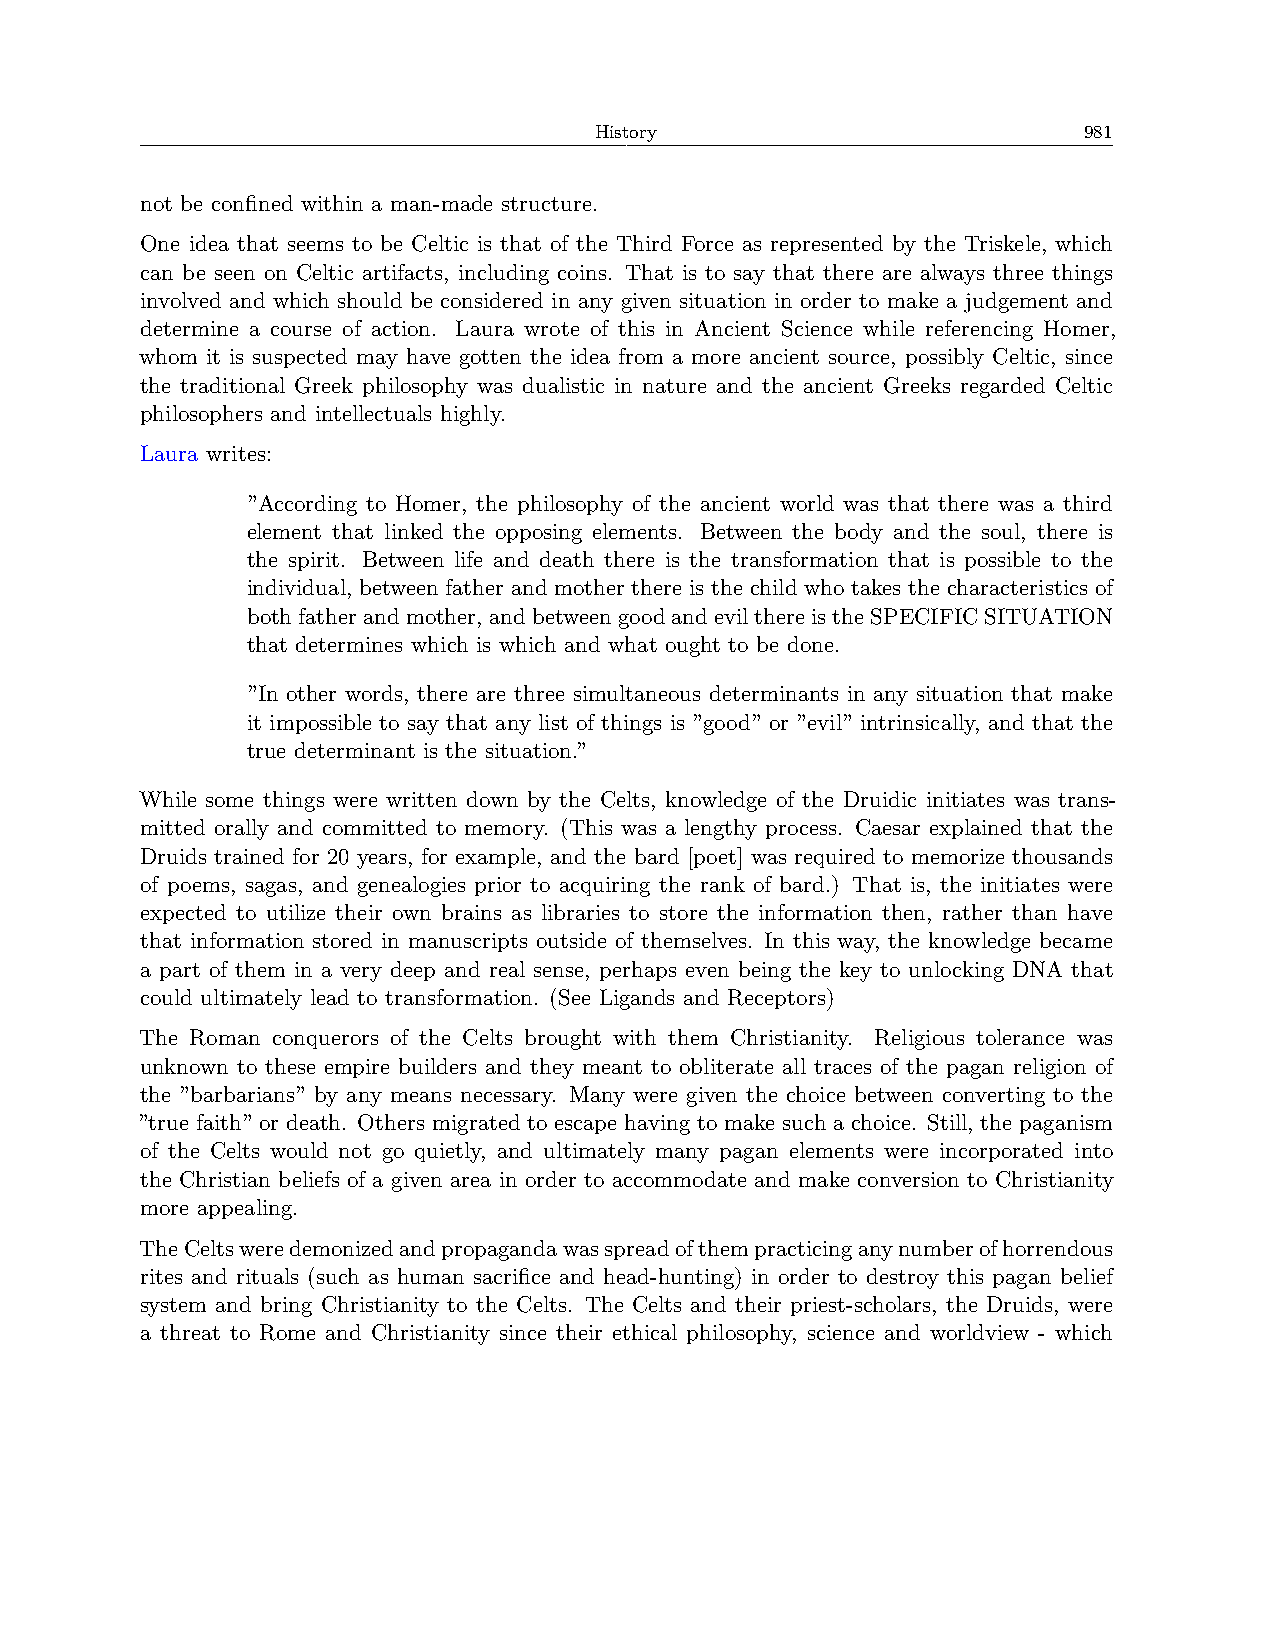
History                          981
 not be confined within a man-made structure.
 One idea that seems to be Celtic is that of the Third Force as represented by the Triskele, which
 can be seen on Celtic artifacts, including coins. That is to say that there are always three things
 involved and which should be considered in any given situation in order to make a judgement and
 determine a course of action. Laura wrote of this in Ancient Science while referencing Homer,
 whom it is suspected may have gotten the idea from a more ancient source, possibly Celtic, since
 the traditional Greek philosophy was dualistic in nature and the ancient Greeks regarded Celtic
 philosophers and intellectuals highly.
 Laura writes:
 ”According to Homer, the philosophy of the ancient world was that there was a third
 element that linked the opposing elements. Between the body and the soul, there is
 the spirit. Between life and death there is the transformation that is possible to the
 individual, between father and mother there is the child who takes the characteristics of
 bothfatherandmother, andbetweengoodandevilthereistheSPECIFICSITUATION
 that determines which is which and what ought to be done.
 ”In other words, there are three simultaneous determinants in any situation that make
 it impossible to say that any list of things is ”good” or ”evil” intrinsically, and that the
 true determinant is the situation.”
 While some things were written down by the Celts, knowledge of the Druidic initiates was trans-
 mitted orally and committed to memory. (This was a lengthy process. Caesar explained that the
 Druids trained for 20 years, for example, and the bard [poet] was required to memorize thousands
 of poems, sagas, and genealogies prior to acquiring the rank of bard.) That is, the initiates were
 expected to utilize their own brains as libraries to store the information then, rather than have
 that information stored in manuscripts outside of themselves. In this way, the knowledge became
 a part of them in a very deep and real sense, perhaps even being the key to unlocking DNA that
 could ultimately lead to transformation. (See Ligands and Receptors)
 The Roman conquerors of the Celts brought with them Christianity. Religious tolerance was
 unknown to these empire builders and they meant to obliterate all traces of the pagan religion of
 the ”barbarians” by any means necessary. Many were given the choice between converting to the
 ”true faith” or death. Others migrated to escape having to make such a choice. Still, the paganism
 of the Celts would not go quietly, and ultimately many pagan elements were incorporated into
 the Christian beliefs of a given area in order to accommodate and make conversion to Christianity
 more appealing.
 TheCeltsweredemonizedandpropagandawasspreadofthempracticinganynumberofhorrendous
 rites and rituals (such as human sacrifice and head-hunting) in order to destroy this pagan belief
 system and bring Christianity to the Celts. The Celts and their priest-scholars, the Druids, were
 a threat to Rome and Christianity since their ethical philosophy, science and worldview - which